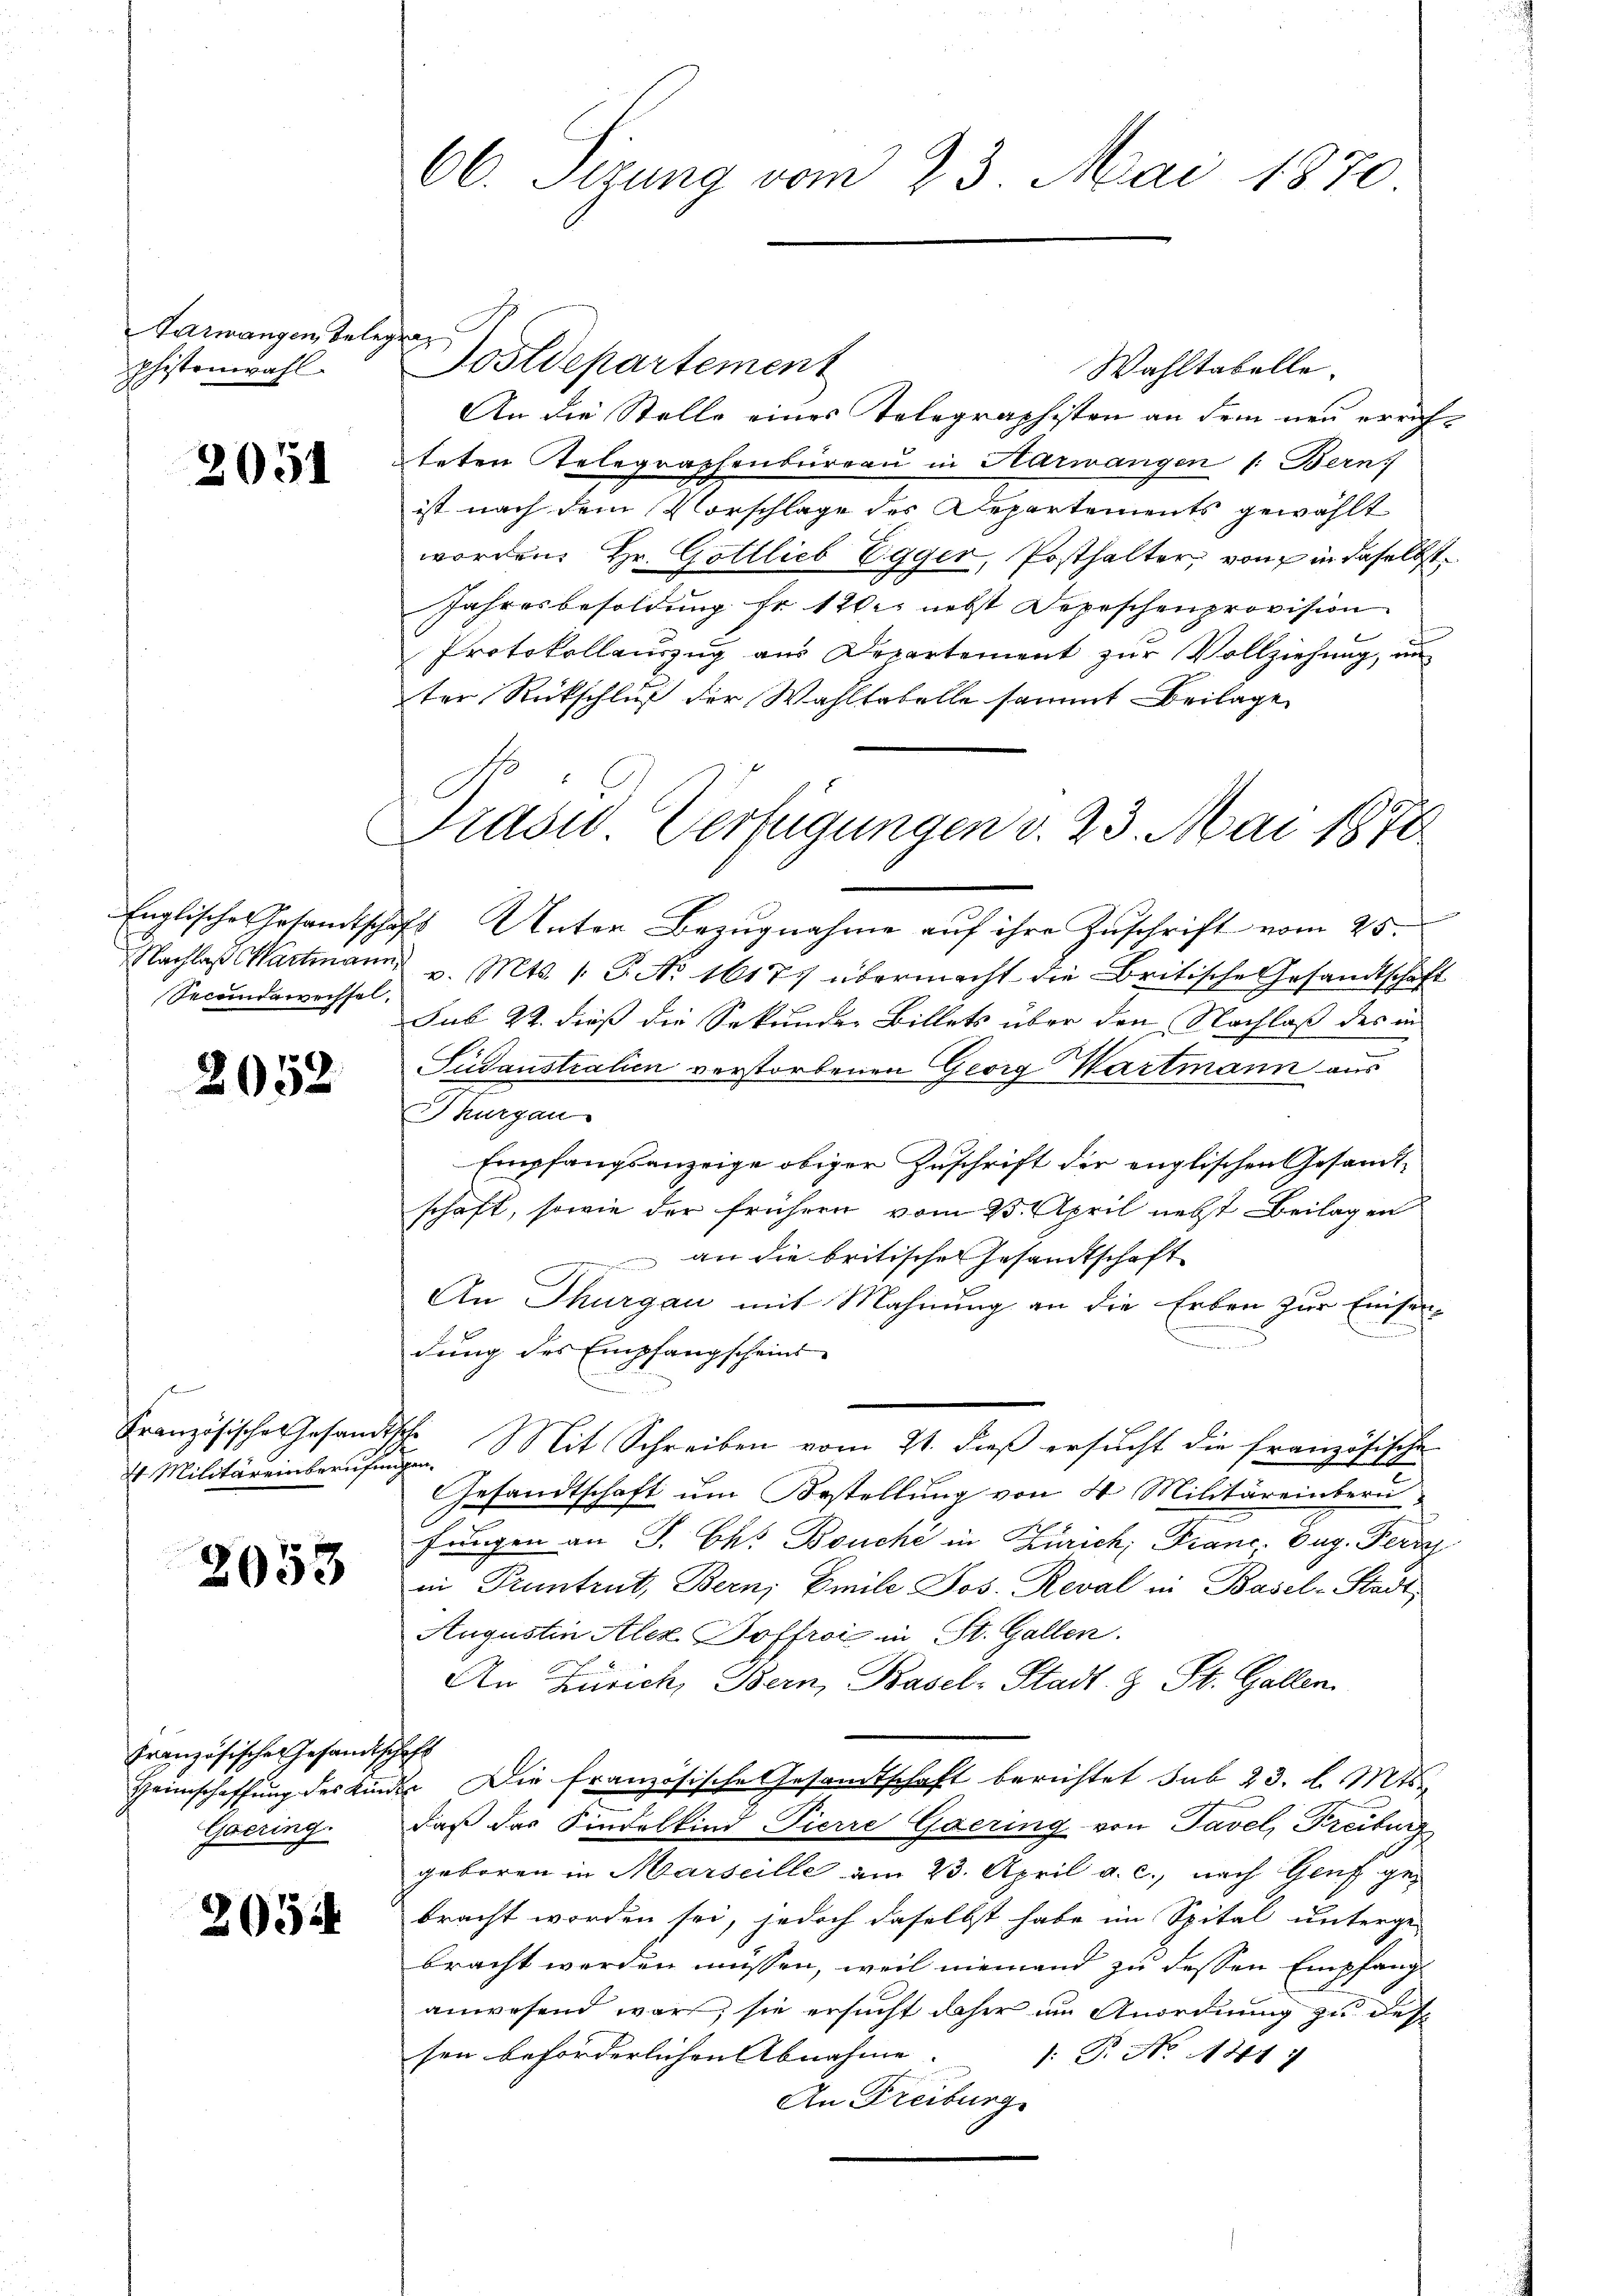
Karmangen Belegra
phistonwahl

2051

2052

F
2 Militäreinberufungen.

2053

Französischen Gesandtschaft
Gaering.

205

66. Sizung vom 23. Mai 1870

Sostdepartement

Secundawechsel.

An die Stelle eines Telegraphisten an dem neu errichteten Telegraphenbureau in Karwangen 1: Bern
ist nach dem Vorschlage des Departements gewählt
worden. Hr. Gottlieb Egger, Posthalter, von in daselbst
Jahresbesoldung fr. 120. nebst Depeschenprovision
Protokollauszug aus Departement zur Vollziehung, un
ter Rückschluß der Wahltabelle sammt Beilage
Englische Gesamtschaft Unter Bezugnahme auf ihre Zuschrift vom 25.
Nachlaß Wartmann v. Mts. 1. G. No 16177 übermacht die Britische Gesandtschaft
sub 22. dieß die Sekunden Billets über den Nachlaß des in
Pudaustralien verstorbenen Georg Hartmann aus
Thurgau
Empfangsanzeige obiger Zuschrift der englischen Gesandtschaft, sowie der frühern vom 25. April nebst Beilagen
 an die britisches Gesandtschaft
An Thurgau mit Mahnung an die Erben zur Einsen-
dung des Empfangscheins- |
Französische Gesandtsche Mit Schreiben vom 21. dieβ ersŭcht die französische
Gesandtschaft um Bestellung von 4 Militäreinbern
s
fungen an P. Okt. Bouche in Zürich; Franc. Zug. Ferre
in Pruntrut, Bern, Emile Jos. Reval in Basel-Stadt
Augustin Alex Soffroi in St. Gallen.
An Zürich, Bern, Basel-Stadt- & St. Gallen.
Heimschaffung des Kinde. Die französische Gesandtschaft berichtet sub 23. l. Mts.
2
daß das Kindelkind Pierre Gaering von Tavel, Freiburg
geboren in Marseille am 23. April a. c., nach Genf gebracht worden sei, jedoch daselbst habe im Spital unterge-
bracht werden müssen, weil niemand zu dessen Empfang
anwesend war, sie ersucht daher im Anordnung zu des
sen beförderlichen Abnahme.
/: P. No 141.
An Freiburg.

Wahltabelle.

Präsid Verfügungen v. 23. Mai 1870